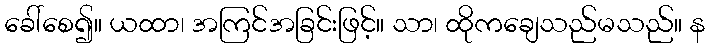
ခေါ်စေ၍။ ယထာ၊ အကြင်အခြင်းဖြင့်။ သာ၊ ထိုကချေသည်မသည်။ န